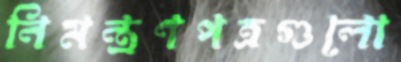
নিমন্ত্রণপত্রগুলো